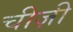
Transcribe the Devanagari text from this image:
चीज़ी